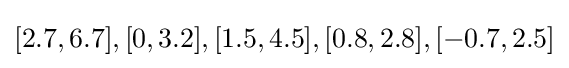
[2.7,6.7],[0,3.2],[1.5,4.5],[0.8,2.8],[-0.7,2.5]